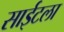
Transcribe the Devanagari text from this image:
साईटला